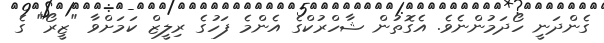
ގެންދަނީ ހޯދަމުންނެވެ. އެގޮތުން ޝާހްރުކްގެ އެންމެ ފަހުގެ ރިލީޒް ކަމަށްވާ "ޒީރޯ" ގެ